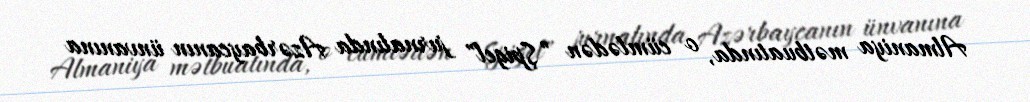
Almaniya mətbuatında, o cümlədən ”Şpigel" jurnalında Azərbaycanın ünvanına